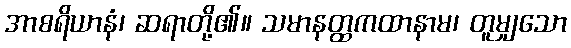
အာစရိယာနံ၊ ဆရာတို့၏။ သမာနတ္ထကထာနာမ၊ တူမျှသော